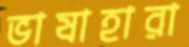
ভাষাহারা